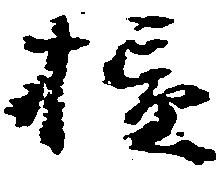
損